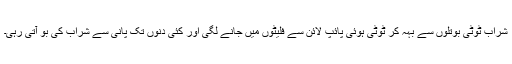
شراب ٹوٹی بوتلوں سے بہہ کر ٹوٹی ہوئی پائپ لائن سے فلیٹوں میں جانے لگی اور کئی دنوں تک پانی سے شراب کی بو آتی رہی۔